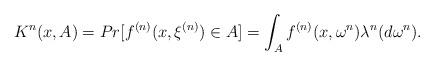
LaTeX: \begin{align*}K^n(x, A) = Pr[ f^{(n)}(x, \xi^{(n)})\in A] = \int_A f^{(n)}(x, \omega^n)\lambda^n(d\omega^n).\end{align*}